system: You are a helpful assistant.
user:
Analyze the provided spectrum to determine if it is a **"Cataclysmic Variables (CV)"**.

- **Key Indicators for CV (Check for either state):**
    - **State 1: Quiescent / Low-State (Emission-Dominated)**
        - **(Primary):** Strong and *very broad* Hydrogen Balmer emission lines (e.g., $H\alpha$ at 6563 Å, $H\beta$ at 4861 Å). The 'broadness' (high velocity dispersion, often FWHM > 1000 km/s) is the key diagnostic, indicating a high-velocity accretion disk.
        - **(Secondary):** Broad neutral Helium (He I) emission lines (e.g., 5876 Å, 6678 Å).
        - **(Key Confirmation):** Presence of high-excitation *ionized* Helium (He II) emission at 4686 Å. This is a strong indicator of accretion onto a white dwarf.
        - **(Line Profile):** Emission lines may exhibit a 'double-peaked' profile, which is a classic signature of a rotating accretion disk viewed at high inclination.

    - **State 2: Outburst / High-State (Absorption-Dominated)**
        - **(Primary):** Spectrum is dominated by a bright, blue continuum (looks like a hot star).
        - **(Secondary):** The emission lines from State 1 are weak, absent, or 'filled in', and are replaced by broad, shallow *absorption* lines (primarily Balmer and He I).
        - **(Morphology):** The overall spectrum mimics a hot B/A-type star. The crucial difference is that the absorption lines are significantly broader, shallower, and more 'washed-out' (or 'smeared') than the sharp lines of a normal stellar photosphere, due to high rotational speeds and pressure broadening in the disk.

Think first, call **spectral_visualization_tool** if needed to examine features in detail, then provide your final answer. Your response must adhere to the following strict rules:
1.  **Overall Structure:** Your response must follow the format `<think>...</think> <tool_call>...</tool_call> (if a tool is used) <answer>...</answer>`.
2.  **Tool Usage Constraint:** You may only make **one** tool call per turn.
3.  **Final Answer Format:** In the `<answer>` tag, your conclusion must be inside a `\boxed{}` command (e.g., `\boxed{YES}`), followed by your justification.

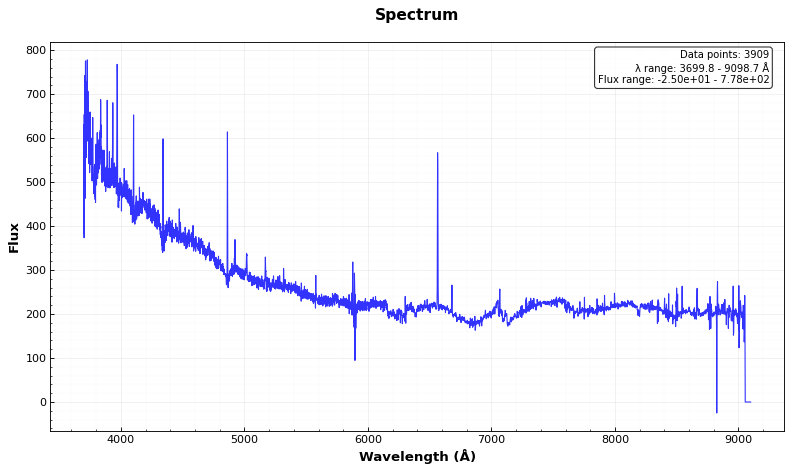
Answer: YES